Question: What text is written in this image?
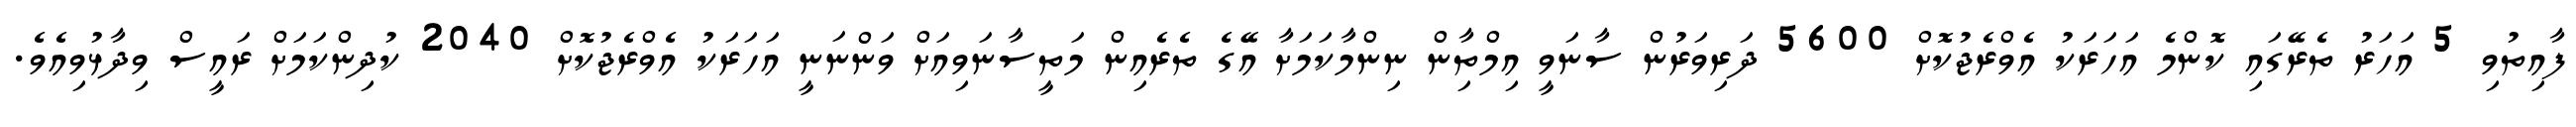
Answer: ފާއިތުވި 5 އަހަރު ތެރޭގައި ކޮންމެ އަހަރަކު އެވްރެޖުކޮށް 5600 ދަރިވަރުން ސާނަވީ އިމްތިާން ނިންމާކަމަށާ އޭގެ ތެރެއިން މަތީސާނަވިއަށް ވަންނަނީ އަހަރަކު އެވްރެޖުކޮށް 2040 ކުދިންކަމަށް ރައީސް ވިދާޅުވިއެވެ.